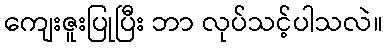
ကျေးဇူးပြုပြီး ဘာ လုပ်သင့်ပါသလဲ။